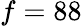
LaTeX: f=88